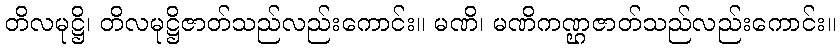
တိလမုဋ္ဌိ၊ တိလမုဋ္ဌိဇာတ်သည်လည်းကောင်း။ မဏိ၊ မဏိကဏ္ဌဇာတ်သည်လည်းကောင်း။